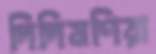
দিদিমণিরা